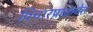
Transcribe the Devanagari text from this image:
विचारप्रक्रियेत